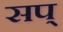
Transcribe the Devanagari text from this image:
सप्